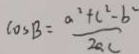
\cos B = \frac { a ^ { 2 } + c ^ { 2 } - b ^ { 2 } } { 2 a c }